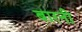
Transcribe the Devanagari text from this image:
बारनी